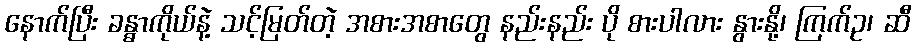
နောက်ပြီး ခန္ဓာကိုယ်နဲ့ သင့်မြတ်တဲ့ အစားအစာတွေ နည်းနည်း ပို စားပါလား နွားနို့၊ ကြက်ဥ၊ ဆီ